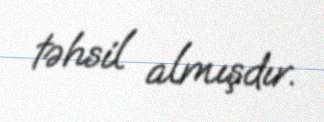
təhsil almışdır.